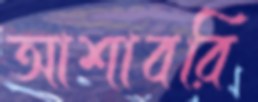
আশাবরি